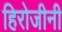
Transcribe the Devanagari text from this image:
हिरोजीनी